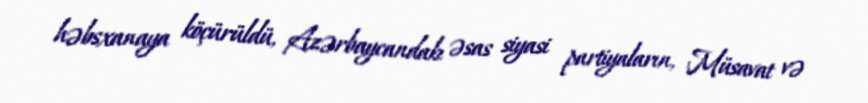
həbsxanaya köçürüldü, Azərbaycandakı əsas siyasi partiyaların, Müsavat və